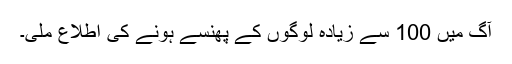
آگ میں 100 سے زیادہ لوگوں کے پھنسے ہونے کی اطلاع ملی۔